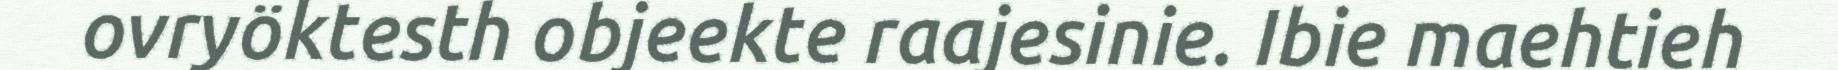
ovryöktesth objeekte raajesinie. Ibie maehtieh